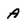
Character: A